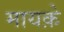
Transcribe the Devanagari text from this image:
मायक़े